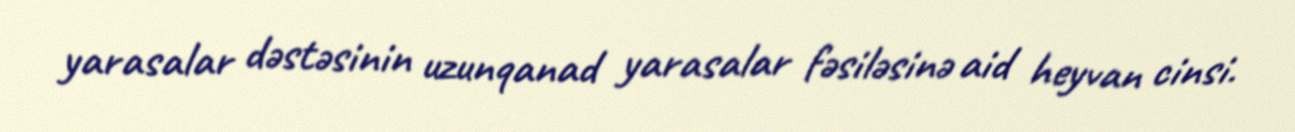
yarasalar dəstəsinin uzunqanad yarasalar fəsiləsinə aid heyvan cinsi.